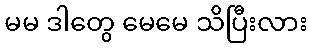
မမ ဒါတွေ မေမေ သိပြီးလား